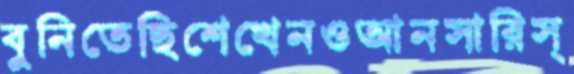
বুনিতেছিশেখেনওআনসারিস্